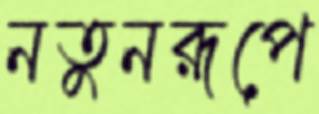
নতুনরূপে